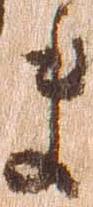
ま